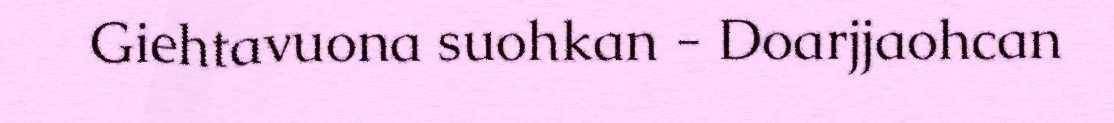
Giehtavuona suohkan - Doarjjaohcan